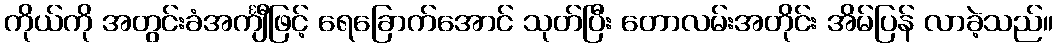
ကိုယ်ကို အတွင်းခံအင်္ကျီဖြင့် ရေခြောက်အောင် သုတ်ပြီး တောလမ်းအတိုင်း အိမ်ပြန် လာခဲ့သည်။